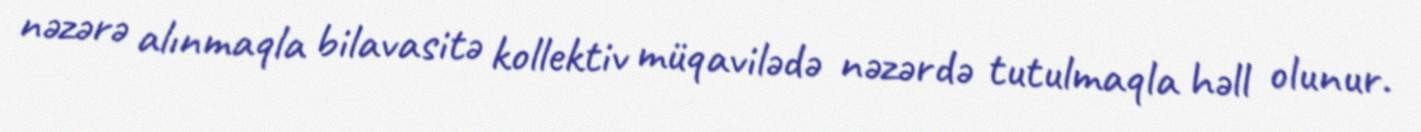
nəzərə alınmaqla bilavasitə kollektiv müqavilədə nəzərdə tutulmaqla həll olunur.